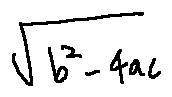
\sqrt { b ^ { 2 } - 4 a c }